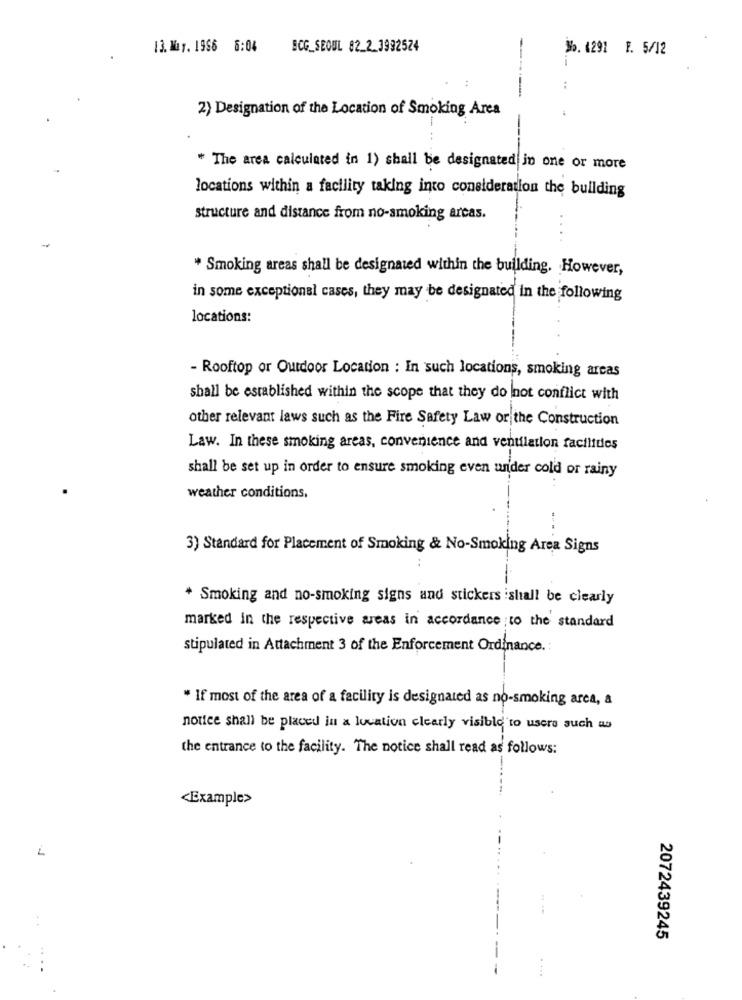
13. May. 1966 6:04
BCG_SEOUL 82_2_3992524
No. 4291 F. 5/12
2) Designation of the Location of Smoking Area
* The area calculated in 1) shall be designated in one or more
locations within a facility taking into consideration the building
structure and distance from no-smoking areas.
* Smoking areas shall be designated within the building. However,
in some exceptional cases, they may be designated in the following
locations:
- Rooftop or Outdoor Location : In such locations, smoking areas
shall be established within the scope that they do not conflict with
other relevant laws such as the Fire Safety Law or the Construction
Law. In these smoking areas, convenience and ventilation facilities
shall be set up in order to ensure smoking even under cold or rainy
weather conditions.
3) Standard for Placement of Smoking & No-Smoking Area Signs
* Smoking and no-smoking signs and stickers ishall be clearly
marked in the respective areas in accordance ;to the standard
stipulated in Attachment 3 of the Enforcement Ordinance .:
* If most of the area of a facility is designated as no-smoking area, a
notice shall be placed in a location clearly visible to usera such as
the entrance to the facility. The notice shall read as follows:
<Example>
-- J
2072439245